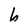
Character: 6